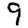
Digit: 9